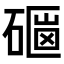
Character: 𥕇